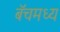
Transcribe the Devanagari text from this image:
बॅचमध्य